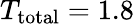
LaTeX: T_{\mathrm{total}}=1.8